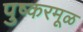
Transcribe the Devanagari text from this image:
पुष्करमूळ